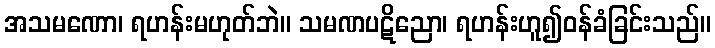
အသမဏော၊ ရဟန်းမဟုတ်ဘဲ။ သမဏပဋိညော၊ ရဟန်းဟူ၍ဝန်ခံခြင်းသည်။